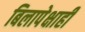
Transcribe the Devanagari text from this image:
बिलापेक्षाही